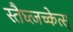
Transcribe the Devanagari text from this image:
स्तैघ्त्जच्केत्स्